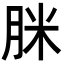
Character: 脒